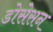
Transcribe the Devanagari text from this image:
डोसेसन